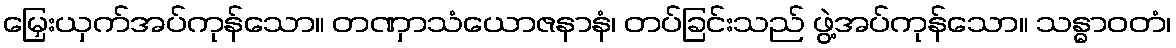
မြှေးယှက်အပ်ကုန်သော။ တဏှာသံယောဇနာနံ၊ တပ်ခြင်းသည် ဖွဲ့အပ်ကုန်သော။ သန္ဓာဝတံ၊